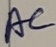
Text: AC